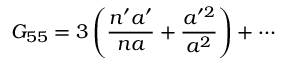
G _ { 5 5 } = 3 \left( { \frac { n ^ { \prime } a ^ { \prime } } { n a } } + { \frac { a ^ { \prime 2 } } { a ^ { 2 } } } \right) + \cdots